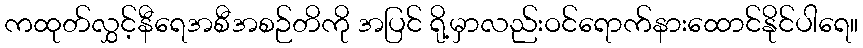
ကထုတ်လွှင့်နီရေအစီအစဉ်တိကို အပြင် ရို့မှာလည်းဝင်ရောက်နားထောင်နိုင်ပါရေ။